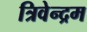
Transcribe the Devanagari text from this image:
त्रिवेन्‍द्रम